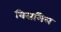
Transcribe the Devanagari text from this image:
विसमिल